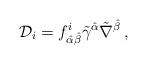
LaTeX: \begin{align*}{\cal D}_{i}=f^{i}_{\hat\alpha\hat\beta}\tilde\gamma^{\hat\alpha}\tilde\nabla^{\hat\beta}\,,\end{align*}